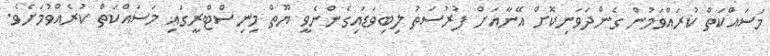
މަސައްކަތް ކުރައްވަމުން ގެންދަވަނިކޮށް އޭނާއަށް ފުރުސަތު ލިބިވަޑައިގެންނެވީ ޔޫތް މިނިސްޓްރީގައި މަަސައްކަތް ކުރެއްވުމަށެވެ.